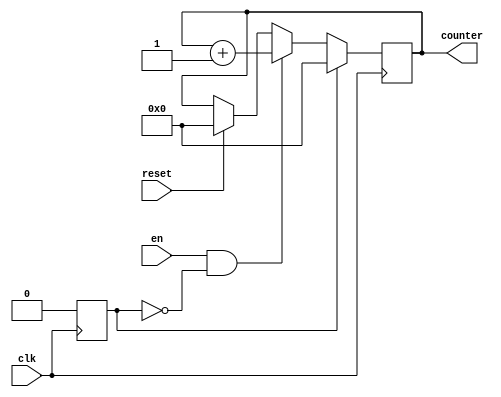
`timescale 1ns / 1ps
//////////////////////////////////////////////////////////////////////////////////
// Company: 
// Engineer: 
// 
// Design Name: 
// Module Name: counter
// Project Name: 
// Target Devices: 
// Tool Versions: 
// Description: 
// 
// Dependencies: 
// 
// Revision:
// Revision 0.01 - File Created
// Additional Comments:
// 
//////////////////////////////////////////////////////////////////////////////////


module counter
#(
//Convolution
parameter addressWidthConv=10, dataWidthConv=16,

parameter n_c = 5'd28,  //number of column matrix image 
parameter n_r = 5'd28,  //number of rows matrix image 
parameter col_fil = 5'd3, //number of columns of filter
parameter row_fil = 5'd3, //number of rows of filter
                       
parameter s0 = 4'b0000, s1 = 4'b0001, s2 = 4'b0010, s3 = 4'b0011, s4 = 4'b0100,
parameter s5 = 4'b0101, s6 = 4'b0110, s7 = 4'b0111, s8 = 4'b1000, s9 = 4'b1001,
parameter s10 = 4'b1010, s11 = 4'b1011, s12 = 4'b1100, s13 = 4'b1101, s14 = 4'b1110,
           

parameter pwd = "/home/javier/Documents/fpga_implementations_of_neural_networks/CNN/02_hardware/01_test_vivado/04_convolution/04_convolution.srcs/sources_1/new/rstl_conv2.txt",


//counter for memory of result of convolution
parameter counterWidth= 10,


//memory filter
parameter numWeightFilter = 10, addressWidthFilter=4, dataWidthFilter=16,
parameter weightFileFilter="/home/javier/Documents/fpga_implementations_of_neural_networks/CNN/02_hardware/01_test_vivado/project_7/project_7.srcs/sources_1/new/filter1.txt",
   
//memory image
parameter numWeightImg = 784, 
parameter addressWidthImg=10, dataWidthImg= 16,
parameter weightFileImg="/home/javier/Documents/fpga_implementations_of_neural_networks/CNN/02_hardware/01_test_vivado/project_7/project_7.srcs/sources_1/new/image.mem",
      
//quantization
parameter q = 64'd2014687024, //q = 31'b1111000000101011010111100110000
parameter mask = 8'd255,
parameter zero = 1'd0,
parameter one = 1'd1,
parameter offset_ent = 6,
parameter offset_sor = -1,
	
	
//memory_rstl_conv
parameter numWeightRstlConv = 676,
parameter addressWidthRstlConv=10, 
parameter dataWidthRstlConv=8

)
(
    input clk, reset, en, 
    output[counterWidth-1:0] counter
);

    reg [counterWidth-1:0] count;
    reg once;
    
    initial
    begin
        once <= 1;
    end
    
    always @(posedge clk)
    begin
        if(reset)
        begin
            count <= 4'd0;
        end
        if(once)
        begin
            count <= 4'd0;
            once <= 0;
        end
        else if(en && !once)
        begin
            count <= count + 4'd1;
        end
    end 
    assign counter = count;
endmodule